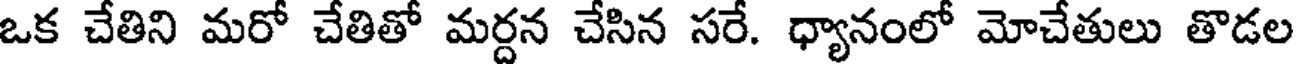
ఒక చేతిని మరో చేతితో మర్దన చేసిన సరే. ధ్యానంలో మోచేతులు తొడల